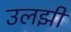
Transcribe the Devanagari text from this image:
उलझीं